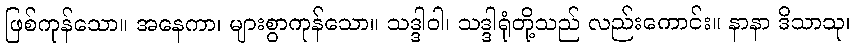
ဖြစ်ကုန်သော။ အနေကာ၊ များစွာကုန်သော။ သဒ္ဒါဝါ၊ သဒ္ဒါရုံတို့သည် လည်းကောင်း။ နာနာ ဒိသာသု၊